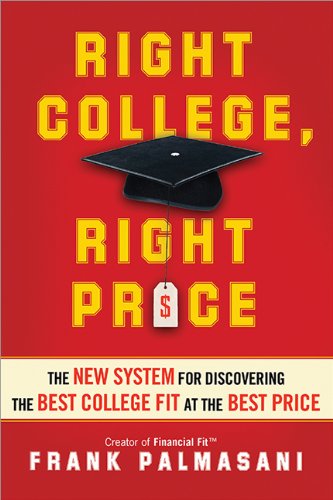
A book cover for Right College, Right Price: The New System for Discovering the Best College Fit at the Best Price; Frank Palmasani; Education & Teaching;